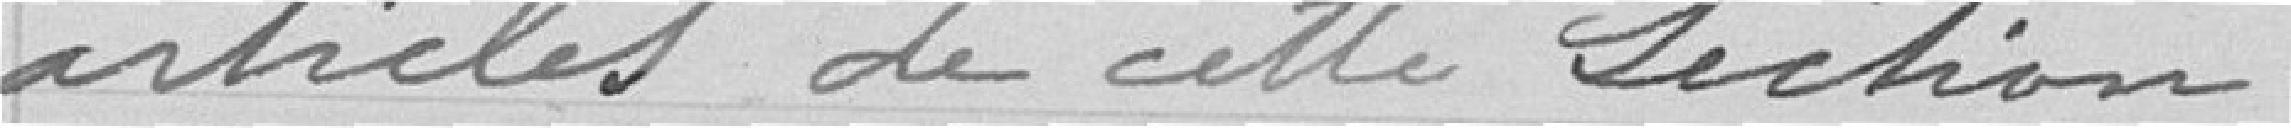
articles de cette section.